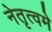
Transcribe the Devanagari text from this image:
नेतृत्वमे